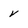
Character: v